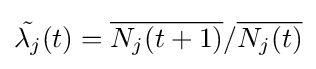
{\tilde {\lambda _{j}}}(t)={\overline {N_{j}(t+1)}}/{\overline {N_{j}(t)}}